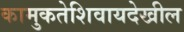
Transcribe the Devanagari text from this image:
कामुकतेशिवायदेखील